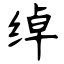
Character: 绰